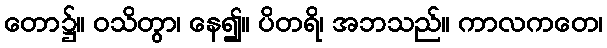
တော၌။ ဝသိတွာ၊ နေ၍။ ပိတရိ၊ အဘသည်။ ကာလကတေ၊